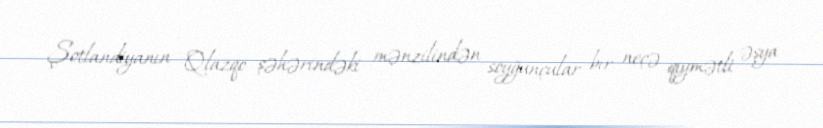
Şotlandiyanın Qlazqo şəhərindəki mənzilindən soyğunçular bir neçə qiymətli əşya